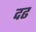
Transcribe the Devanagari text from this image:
दढ